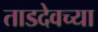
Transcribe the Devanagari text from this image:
ताडदेवच्या